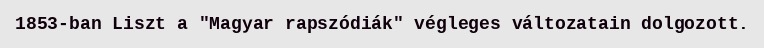
1853-ban Liszt a "Magyar rapszódiák" végleges változatain dolgozott.